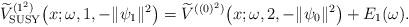
LaTeX: \begin{gather*} \widetilde{V}_{\rm SUSY}^{( 1^{2}) }\big(x;\omega ,1,- \Vert \psi _{1} \Vert ^{2}\big)=\widetilde{V}^{( (0) ^{2}) }\big(x;\omega ,2,- \Vert \psi _{0} \Vert ^{2}\big)+E_{1} ( \omega ) .\end{gather*}